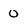
Character: 0